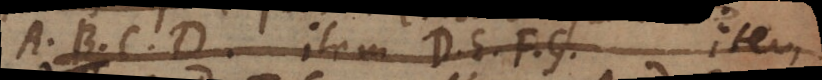
A, B, C, D, _ D, E, F, G _